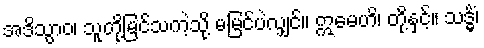
အဒိသွာဝ၊ သူတို့မြင်သကဲ့သို့ မမြင်ပဲလျှင်။ ဣမေဟိ၊ တို့နှင့်။ သဒ္ဓိံ၊